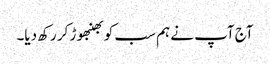
آج آپ نے ہم سب کو بھنبھوڑ کر رکھ دیا۔